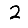
Digit: 2